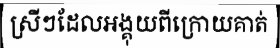
ស្រីៗដែលអង្គុយពីក្រោយគាត់